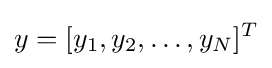
y=[y_{1},y_{2},\ldots ,y_{N}]^{T}